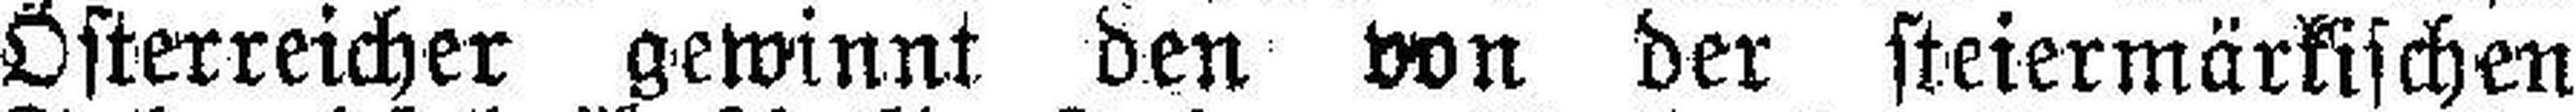
Österreicher gewinnt den von der steiermärkischen